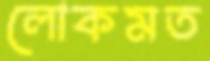
লোকমত